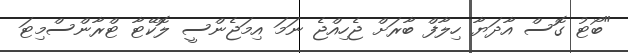
"ބޯޓު ގޮސް އާދަޔާ ހިލާފް ބާރަށް ޖެހިއްޖެ ނަމަ އިމަޖެންސީ ލޮކޭޓާ ޓްރާންސްމިޓަ